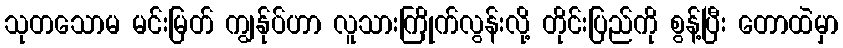
သုတသောမ မင်းမြတ် ကျွန်ုပ်ဟာ လူသားကြိုက်လွန်းလို့ တိုင်းပြည်ကို စွန့်ပြီး တောထဲမှာ